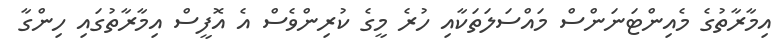
އިމާރާތުގެ މެއިންޓަނަންސް މައްސަލަތަކާއި ހުރެ މީގެ ކުރިންވެސް އެ އޮފީސް އިމާރާތުގައި ހިންގާ